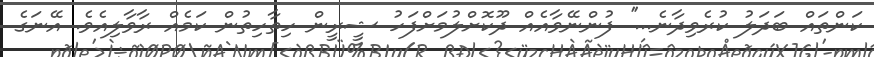
ކަންތައް ބަދަލު ކުރެވިދާނެ...'' ފުންނޭވާއެއް ދޫކޮށްލުމަށްފަހު ޝީރީން ހިތާހިތުން ކަމެއް ރާވާލިއެވެ. އޭނަގެ